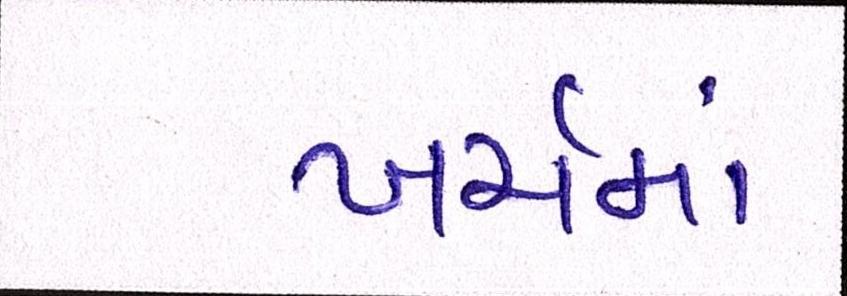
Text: ખર્ચમાં